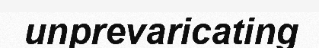
unprevaricating